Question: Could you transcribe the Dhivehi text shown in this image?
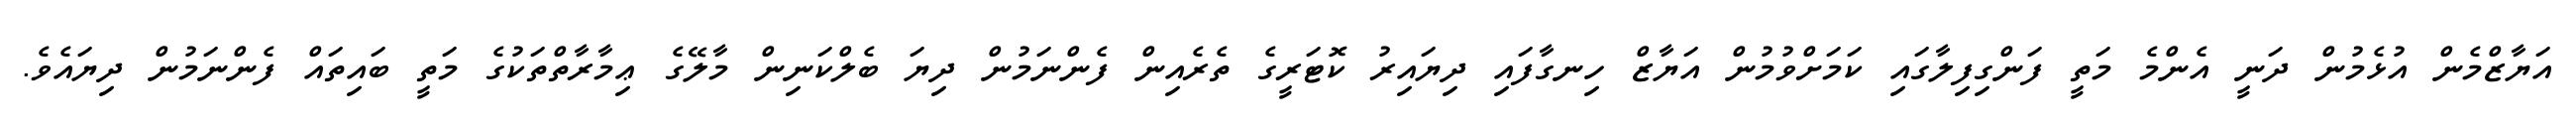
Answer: އަޔާޒްމެން އުޅެމުން ދަނީ އެންމެ މަތީ ފަންގިފިލާގައި ކަމަށްވުމުން އަޔާޒް ހިނގާފައި ދިޔައިރު ކޮޓަރީގެ ތެރެއިން ފެންނަމުން ދިޔަ ބެލްކަނިން މާލޭގެ ޢިމާރާތްތަކުގެ މަތީ ބައިތައް ފެންނަމުން ދިޔައެވެ.